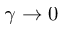
\gamma \to 0